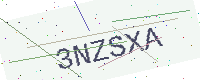
Text: 3NZSXA